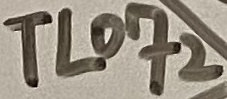
Text: tl072